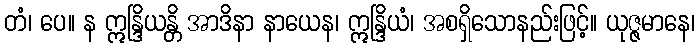
တံ၊ ပေ။ န ဣန္ဒြိယန္တိ အာဒိနာ နာယေန၊ ဣန္ဒြိယံ၊ အစရှိသောနည်းဖြင့်။ ယုဇ္ဇမာနေ၊